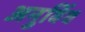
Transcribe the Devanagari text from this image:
अनुबिंब